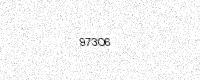
Text: 973O6